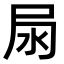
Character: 𡱊